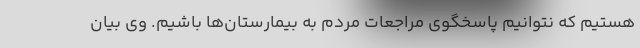
هستیم که نتوانیم پاسخگوی مراجعات مردم به بیمارستان‌ها باشیم. وی بیان